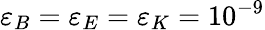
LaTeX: \varepsilon_{B}=\varepsilon_{E}=\varepsilon_{K}=10^{-9}